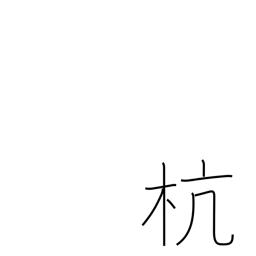
Meaning: picket